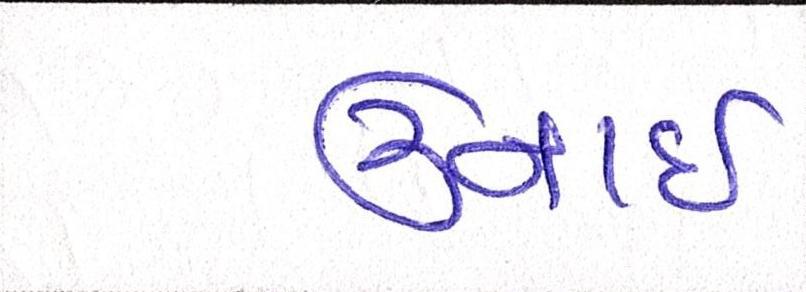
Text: ઉનાઈ